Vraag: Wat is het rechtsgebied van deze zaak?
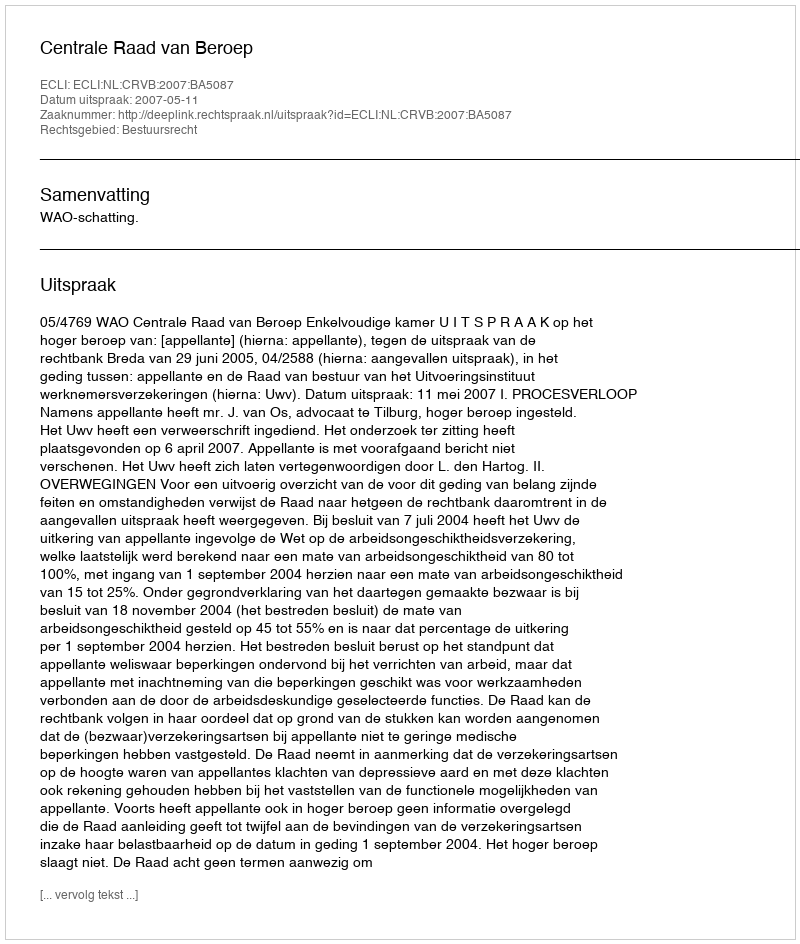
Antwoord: Bestuursrecht